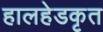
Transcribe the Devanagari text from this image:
हालहेडकृत